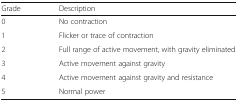
<table><thead><tr><td><b>Grade</b></td><td><b>Description</b></td></tr></thead><tbody><tr><td>0</td><td>No contraction</td></tr><tr><td>1</td><td>Flicker or trace of contraction</td></tr><tr><td>2</td><td>Full range of active movement, with gravity eliminated</td></tr><tr><td>3</td><td>Active movement against gravity</td></tr><tr><td>4</td><td>Active movement against gravity and resistance</td></tr><tr><td>5</td><td>Normal power</td></tr></tbody></table>